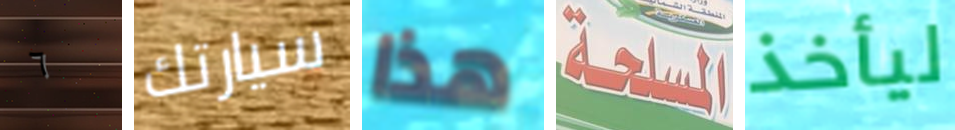
٦ سيارتك هذا المسلحة ليأخذ